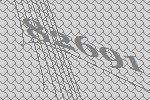
82691